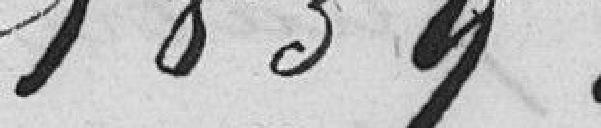
1839